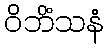
ဝိဘိံသနံ